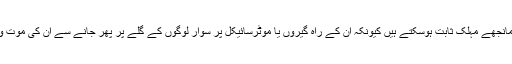
اور اس قسم کے مانجھے مہلک ثابت ہوسکتے ہیں کیونکہ ان کے راہ گیروں یا موٹرسائیکل پر سوار لوگوں کے گلے پر پِھر جانے سے ان کی موت واقع ہو سکتی ہے۔